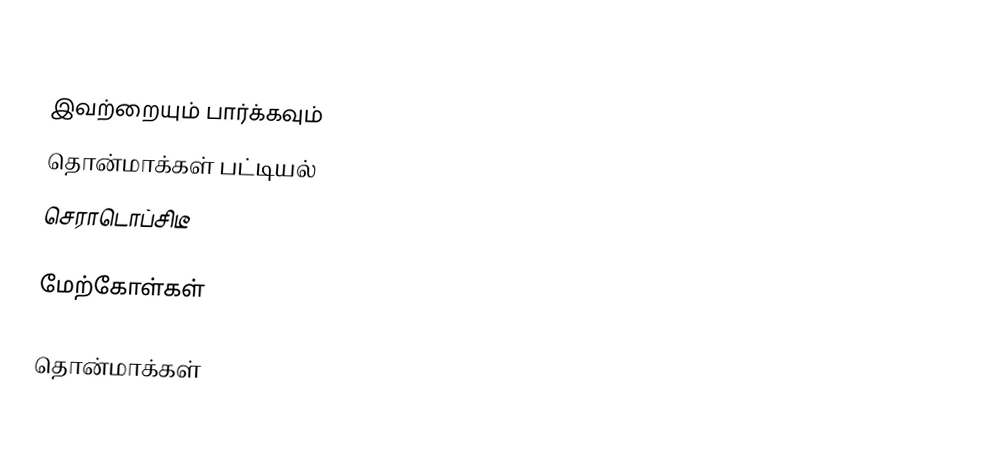

இவற்றையும் பார்க்கவும்
 தொன்மாக்கள் பட்டியல்
 செராடொப்சிடீ

மேற்கோள்கள்

தொன்மாக்கள்